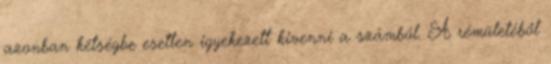
azonban kétségbe esetten igyekezett kivenni a számból. A rémületéből